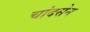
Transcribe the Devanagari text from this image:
चांदसेन